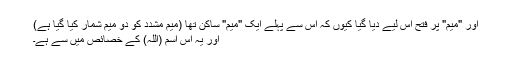
اور "میم" پر فتح اس لیے دیا گیا کیوں کہ اس سے پہلے ایک "میم" ساکن تھا (میم مشدد کو دو میم شمار کیا گیا ہے)
اور یہ اس اسم (اللہ) کے خصائص میں سے ہے۔